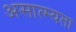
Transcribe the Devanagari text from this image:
असात्म्यता